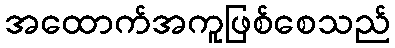
အထောက်အကူဖြစ်စေသည်